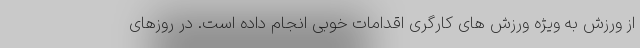
از ورزش به ویژه ورزش های کارگری اقدامات خوبی انجام داده است. در روزهای